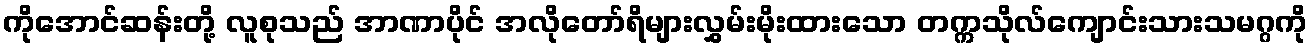
ကိုအောင်ဆန်းတို့ လူစုသည် အာဏာပိုင် အလိုတော်ရိများလွှမ်းမိုးထားသော တက္ကသိုလ်ကျောင်းသားသမဂ္ဂကို